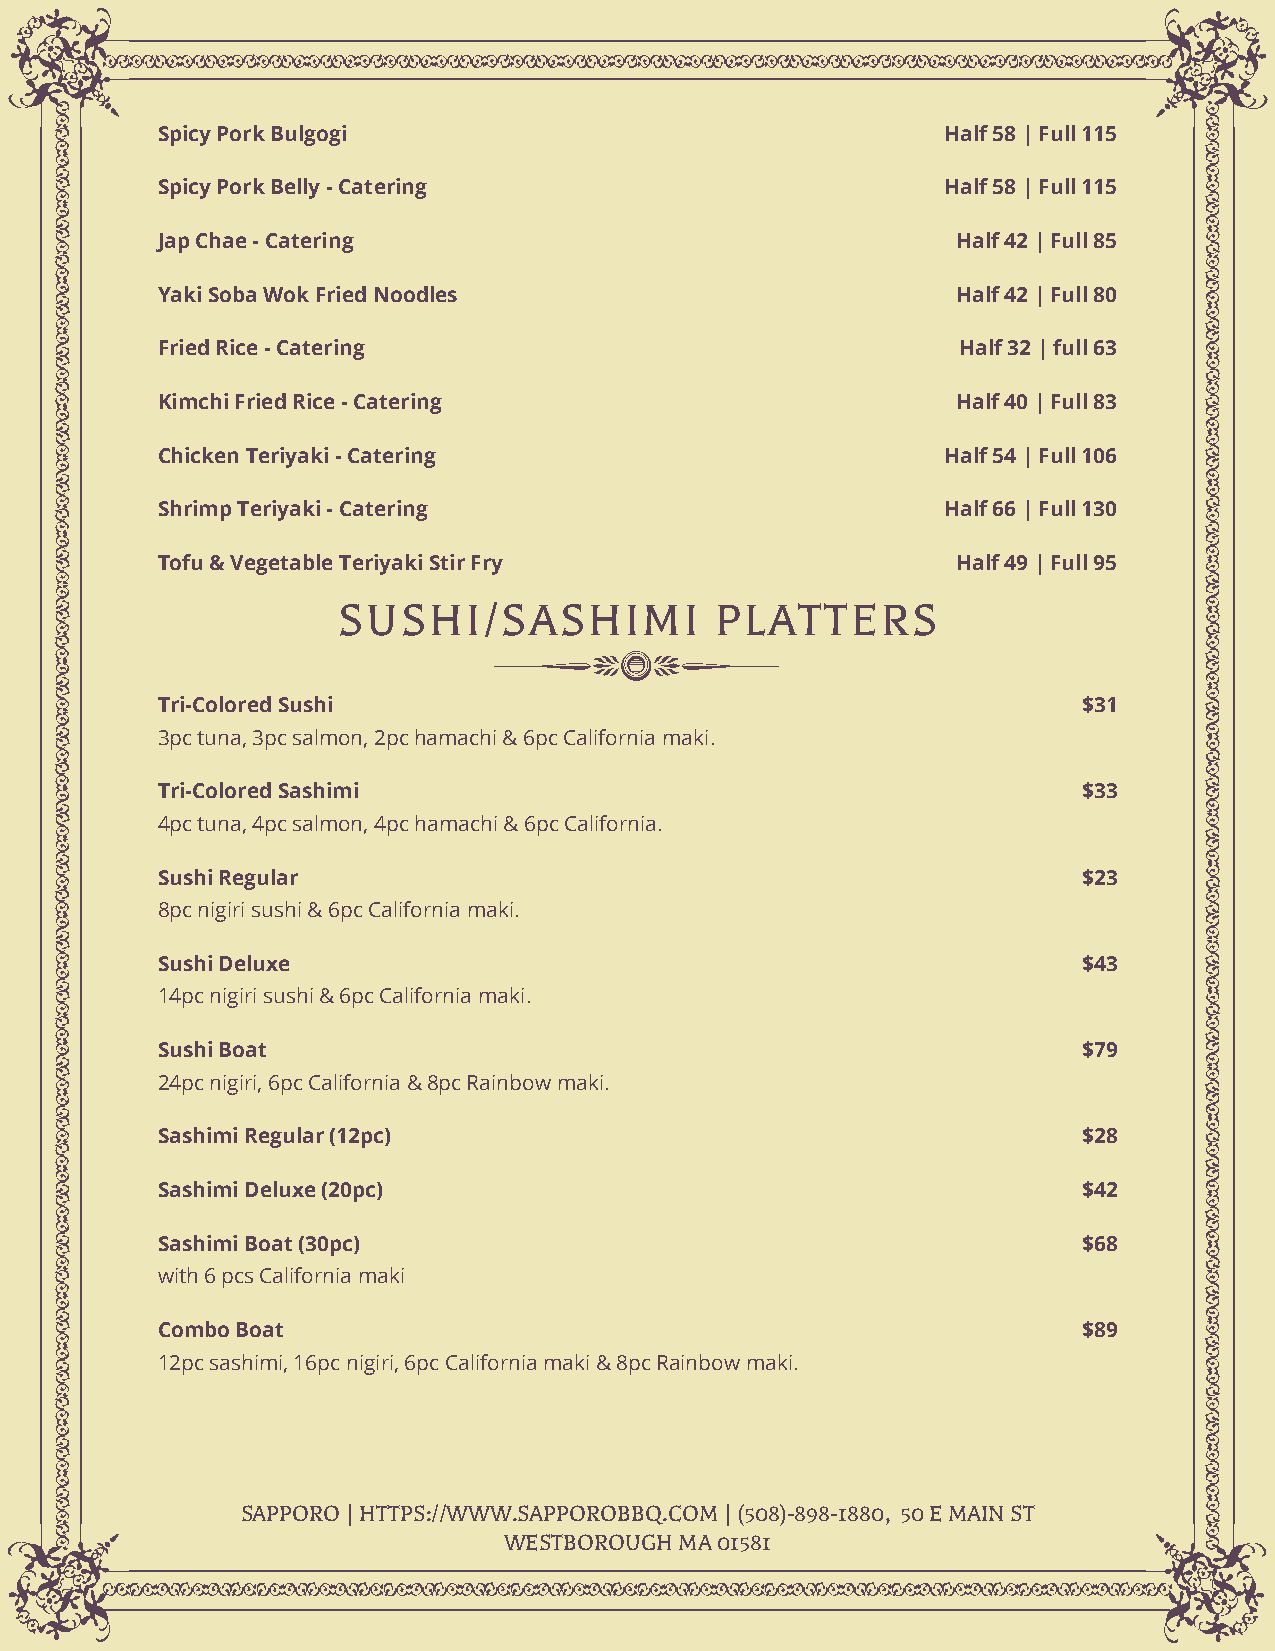
Spicy Pork Bulgogi                                   Half 58 | Full 115
 Spicy Pork Belly - Catering                          Half 58 | Full 115
 Jap Chae - Catering                                  Half 42 | Full 85
 Yaki Soba Wok Fried Noodles                          Half 42 | Full 80
 Fried Rice - Catering                                 Half 32 | full 63
 Kimchi Fried Rice - Catering                         Half 40 | Full 83
 Chicken Teriyaki - Catering                          Half 54 | Full 106
 Shrimp Teriyaki - Catering                           Half 66 | Full 130
 Tofu & Vegetable Teriyaki Stir Fry                   Half 49 | Full 95
 SUSHI/SASHIMI            PLATTERS
 Tri-Colored Sushi                                             $31
 3pc tuna, 3pc salmon, 2pc hamachi & 6pc California maki.
 Tri-Colored Sashimi                                           $33
 4pc tuna, 4pc salmon, 4pc hamachi & 6pc California.
 Sushi Regular                                                 $23
 8pc nigiri sushi & 6pc California maki.
 Sushi Deluxe                                                  $43
 14pc nigiri sushi & 6pc California maki.
 Sushi Boat                                                    $79
 24pc nigiri, 6pc California & 8pc Rainbow maki.
 Sashimi Regular (12pc)                                        $28
 Sashimi Deluxe (20pc)                                         $42
 Sashimi Boat (30pc)                                           $68
 with 6 pcs California maki
 Combo Boat                                                    $89
 12pc sashimi, 16pc nigiri, 6pc California maki & 8pc Rainbow maki.
 SAPPORO | HTTPS://WWW.SAPPOROBBQ.COM | (508)-898-1880, 50 E MAIN ST
 WESTBOROUGH MA 01581